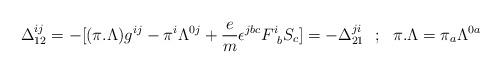
LaTeX: \begin{align*}\Delta ^{ij}_{12}=-[(\pi .\Lambda )g^{ij}-\pi ^i\Lambda ^{0j}+{e\over m}\epsilon ^{jbc}F^i_{~b}S_c ]=-\Delta ^{ji}_{21}~~;~~\pi .\Lambda =\pi _a\Lambda ^{0a}\end{align*}